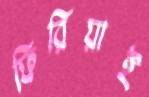
ফিরিয়াই